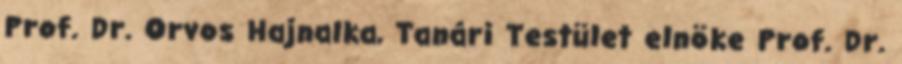
Prof. Dr. Orvos Hajnalka, Tanári Testület elnöke Prof. Dr.